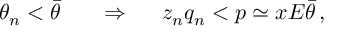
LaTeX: \theta _ { n } < \bar { \theta } \; \; \; \; \; \; \Rightarrow \; \; \; \; \; z _ { n } q _ { n } < p \simeq x E \bar { \theta } \, ,